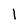
Character: l